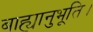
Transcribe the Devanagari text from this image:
बाह्यानुभूति।